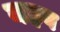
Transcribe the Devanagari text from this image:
यहब